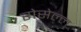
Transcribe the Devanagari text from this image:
रोसेल्ल्